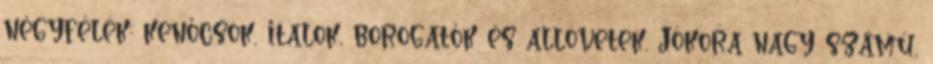
négyfélék: kenőcsök, italok, borogatók és allövetek. Jókora nagy számú,